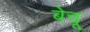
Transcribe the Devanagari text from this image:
बेचू